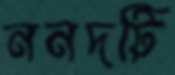
ননদটি